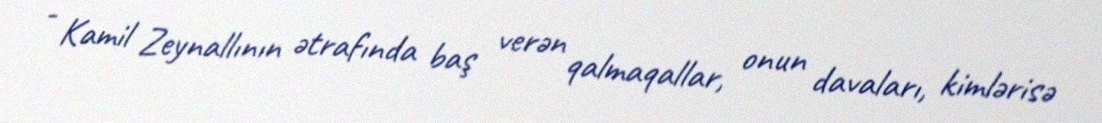
- Kamil Zeynallının ətrafında baş verən qalmaqallar, onun davaları, kimlərisə